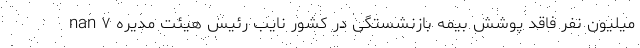
nan ۷ میلیون نفر فاقد پوشش بیمه بازنشستگی در کشور نایب رئیس هیئت مدیره